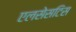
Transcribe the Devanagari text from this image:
एलसेसटिस